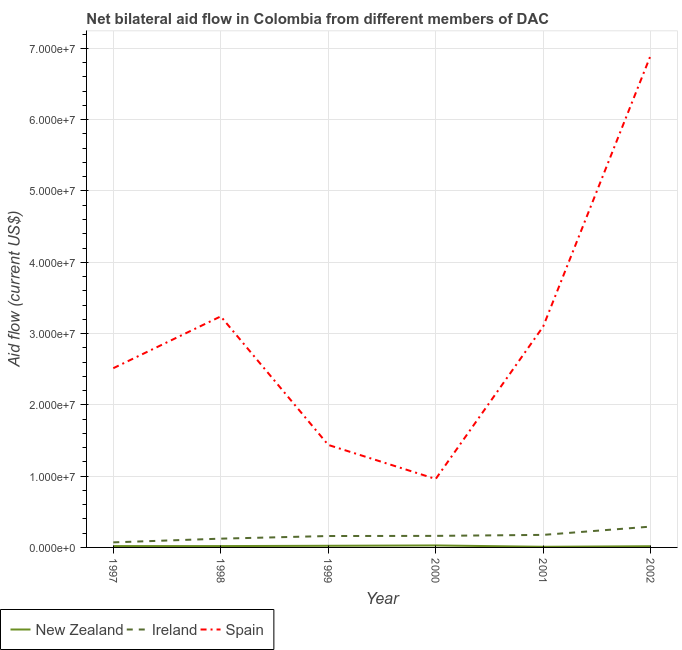
| Year | New Zealand | Ireland | Spain |
 | --- | --- | --- | --- |
 | 1997 | 1.9e+05 | 7.1e+05 | 2.51e+07 |
 | 1998 | 1.9e+05 | 1.23e+06 | 3.24e+07 |
 | 1999 | 2.3e+05 | 1.6e+06 | 1.44e+07 |
 | 2000 | 2.8e+05 | 1.62e+06 | 9.6e+06 |
 | 2001 | 9e+04 | 1.76e+06 | 3.1e+07 |
 | 2002 | 1.7e+05 | 2.92e+06 | 6.9e+07 |